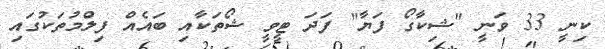
ކިނީ 33 ވަނީ "ޝިކާގޯ ފަޔާ" ފަދަ ޓީވީ ޝޯތަކާއި ބަައެއް ފިލްމުތަކުގައި